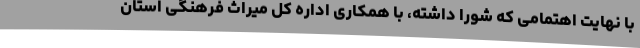
با نهایت اهتمامی که شورا داشته، با همکاری اداره کل میراث فرهنگی استان